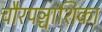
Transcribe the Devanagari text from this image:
चौरपञ्चाशिका